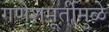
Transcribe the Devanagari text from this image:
गणेशमूर्तीमुळे